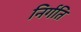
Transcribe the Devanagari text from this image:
निर्गति